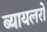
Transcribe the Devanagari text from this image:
ब्यायलरों